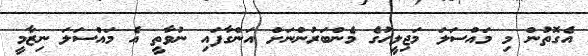
އެގޮތުން މި މައްސަލަ މަޖިލީހުގެ މެންބަރުންނަށް އަންގާފައި ނުވާތީ އެ މައްސަލަ ނިޒާމީ